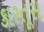
કારતૂસ